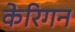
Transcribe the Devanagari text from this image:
केरिगन